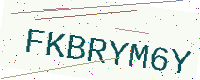
Text: FKBRYM6Y